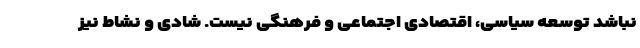
نباشد توسعه سیاسی، اقتصادی اجتماعی و فرهنگی نیست. شادی و نشاط نیز